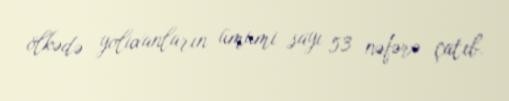
ölkədə yoluxanların ümumi sayı 53 nəfərə çatıb.